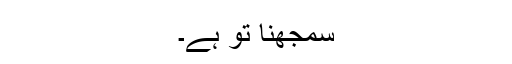
سمجھنا تو ہے۔